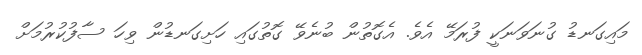
މައިގަނޑު ގުނަވަނަކީ ފުރަމޭ އެވެ. އެގޮތުން ބުނެވޭ ގޮތުގައި ހަށިގަނޑުން ވިހަ ސާފުކުރުމަށް